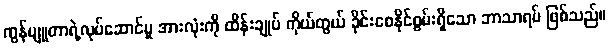
ကွန်ပျူတာရဲ့လုပ်ဆောင်မှု အားလုံးကို ထိန်းချုပ် ကိုယ်တွယ် ခိုင်းစေနိုင်စွမ်းရှိသော ဘာသာရပ် ဖြစ်သည်။